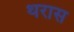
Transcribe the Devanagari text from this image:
थरास